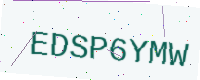
Text: EDSP6YMW